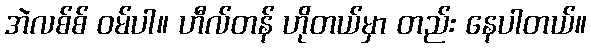
အဲလစ်စ် ဝမ်ပါ။ ဟီလ်တန် ဟိုတယ်မှာ တည်း နေပါတယ်။